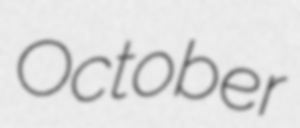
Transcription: October